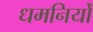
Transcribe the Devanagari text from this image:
धमनियोँ